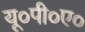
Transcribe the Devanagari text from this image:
यू०पी०ए०